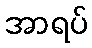
အာရပ်